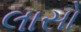
લાસો